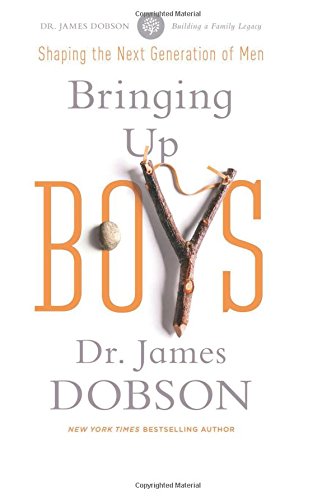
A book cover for Bringing Up Boys; James C. Dobson; Parenting & Relationships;